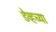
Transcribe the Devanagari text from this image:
डेव्हच्या